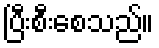
ပြီးစီးစေသည်။